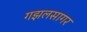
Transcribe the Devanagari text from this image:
गझलसागर